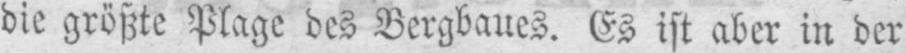
die größte Plage des Bergbaues. Es ist aber in der